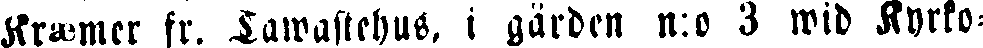
Kræmer fr. Tawastehus, i gården n:o 3 wid Kyrko-